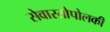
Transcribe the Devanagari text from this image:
सेवास्तोपोलकी